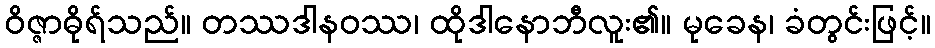
ဝိဇ္ဇာဓိုရ်သည်။ တဿဒါနဝဿ၊ ထိုဒါနောဘီလူး၏။ မုခေန၊ ခံတွင်းဖြင့်။